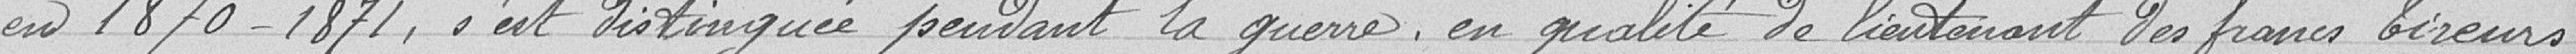
en 1870 - 1871, s'est distinguée pendant la guerre, en qualité de lieutenant des francs tireurs